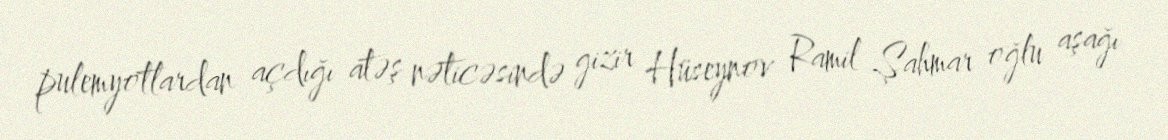
pulemyotlardan açdığı atəş nəticəsində gizir Hüseynov Ramil Şahmar oğlu aşağı